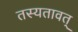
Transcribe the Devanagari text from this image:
तस्यतावत्